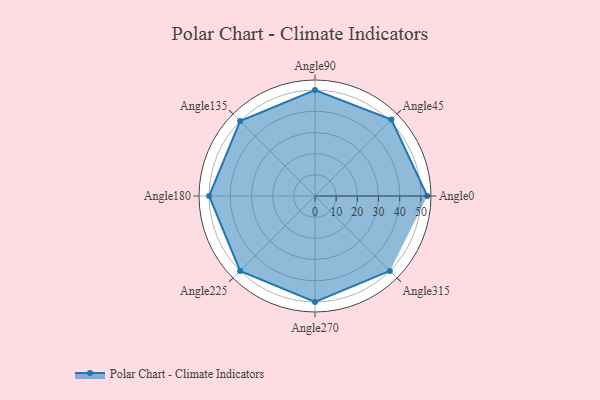
{"axis": {"x": "Angle", "y": "Radius"}, "legend": [""], "data": [{"x": "Angle0", "y": 53.0, "type": ""}, {"x": "Angle45", "y": 51.0, "type": ""}, {"x": "Angle90", "y": 50, "type": ""}, {"x": "Angle135", "y": 50, "type": ""}, {"x": "Angle180", "y": 50, "type": ""}, {"x": "Angle225", "y": 50, "type": ""}, {"x": "Angle270", "y": 50, "type": ""}, {"x": "Angle315", "y": 50, "type": ""}]}